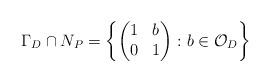
LaTeX: \begin{align*}\Gamma_D\cap N_{P}=\left\{\begin{pmatrix} 1&b\\ 0&1\end{pmatrix}\colon b\in\mathcal{O}_D\right\}\end{align*}